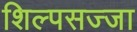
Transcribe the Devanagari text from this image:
शिल्पसज्जा